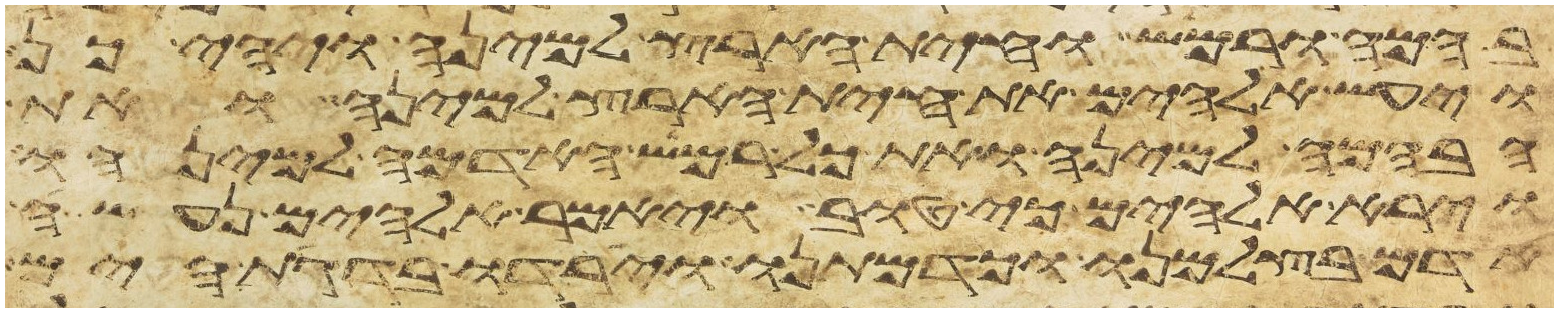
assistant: בהמה ורמש וחית הארץ למינה ויהי כן
ויעש אלהים את חית הארץ למינה ואת
הבהמה למינה ואת כל רמש האדמה למינהו
וירא אלהים כי טוב ויאמר אלהים נעשה
אדם בצלמנו וכדמותנו וירדו בדגת הים